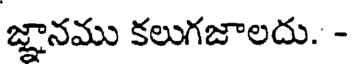
జ్ఞానము కలుగజాలదు. -